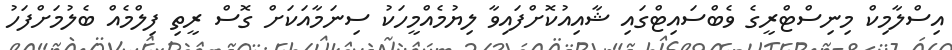
އިސްލާމިކް މިނިސްޓްރީގެ ވެބްސައިޓްގައި ޝާއިއުކޮށްފައިވާ ލިޔުމެއްމީހަކު ސިނަމާއަކަށް ގޮސް ރީތި ފިލްމެއް ބެލުމަށްފަހު